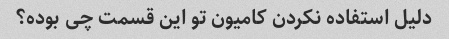
دلیل استفاده نکردن کامیون تو این قسمت چی بوده؟